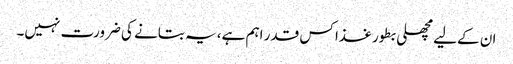
ان کےلیے مچھلی بطور غذا کس قدر اہم ہے، یہ بتانے کی ضرورت نہیں۔